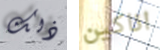
ذلك اناكين